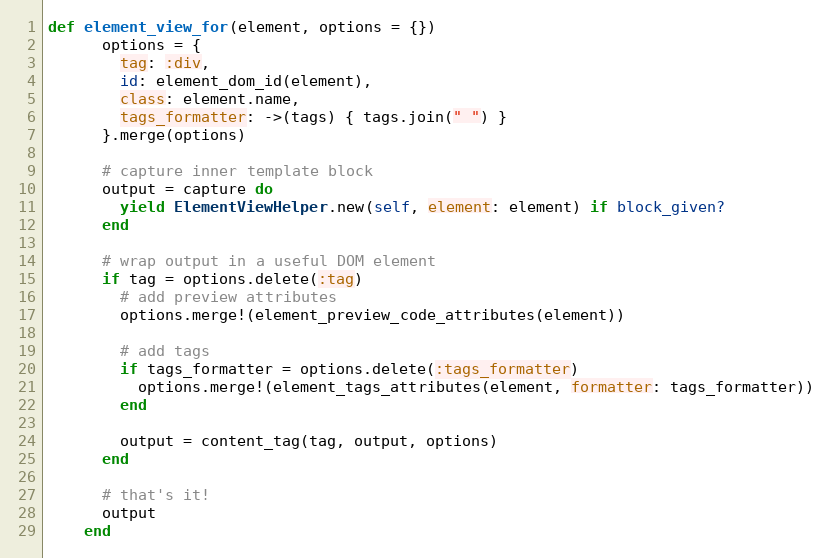
Language: Ruby
def element_view_for(element, options = {})
      options = {
        tag: :div,
        id: element_dom_id(element),
        class: element.name,
        tags_formatter: ->(tags) { tags.join(" ") }
      }.merge(options)

      # capture inner template block
      output = capture do
        yield ElementViewHelper.new(self, element: element) if block_given?
      end

      # wrap output in a useful DOM element
      if tag = options.delete(:tag)
        # add preview attributes
        options.merge!(element_preview_code_attributes(element))

        # add tags
        if tags_formatter = options.delete(:tags_formatter)
          options.merge!(element_tags_attributes(element, formatter: tags_formatter))
        end

        output = content_tag(tag, output, options)
      end

      # that's it!
      output
    end